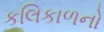
કલિકાળનો